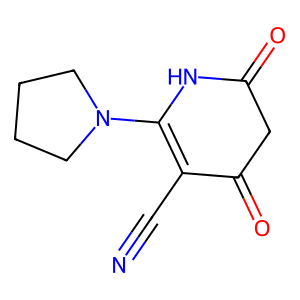
SMILES: N#CC1=C(N2CCCC2)NC(=O)CC1=O
Inhibits HIV replication: No